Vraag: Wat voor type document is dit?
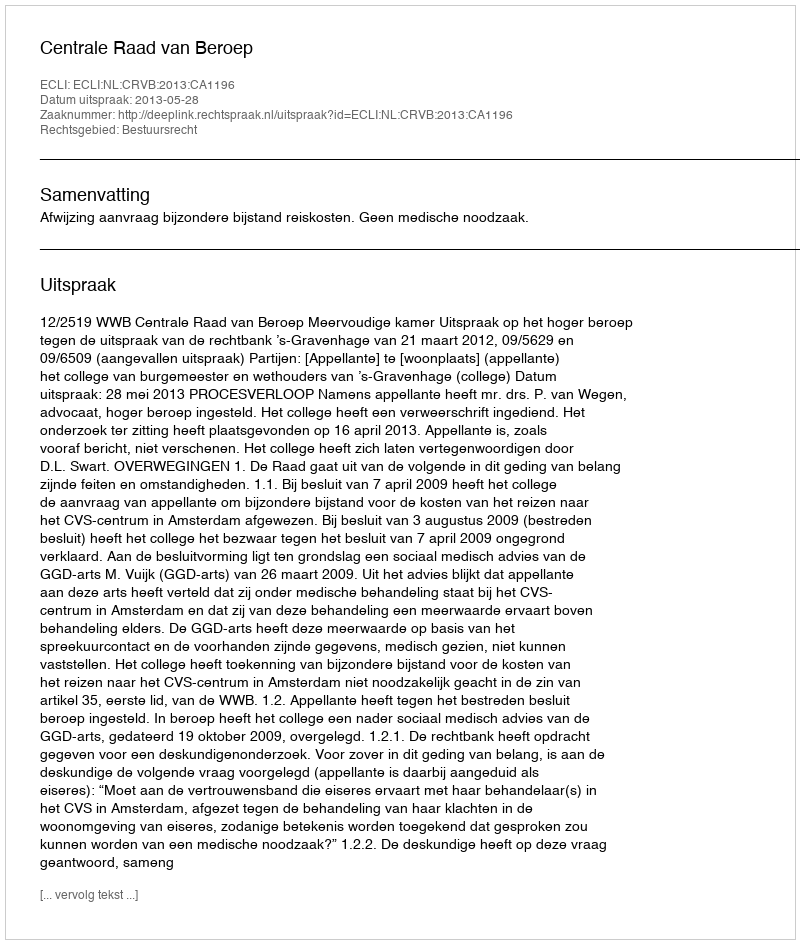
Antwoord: Uitspraak